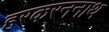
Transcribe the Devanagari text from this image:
हरकरननाथ